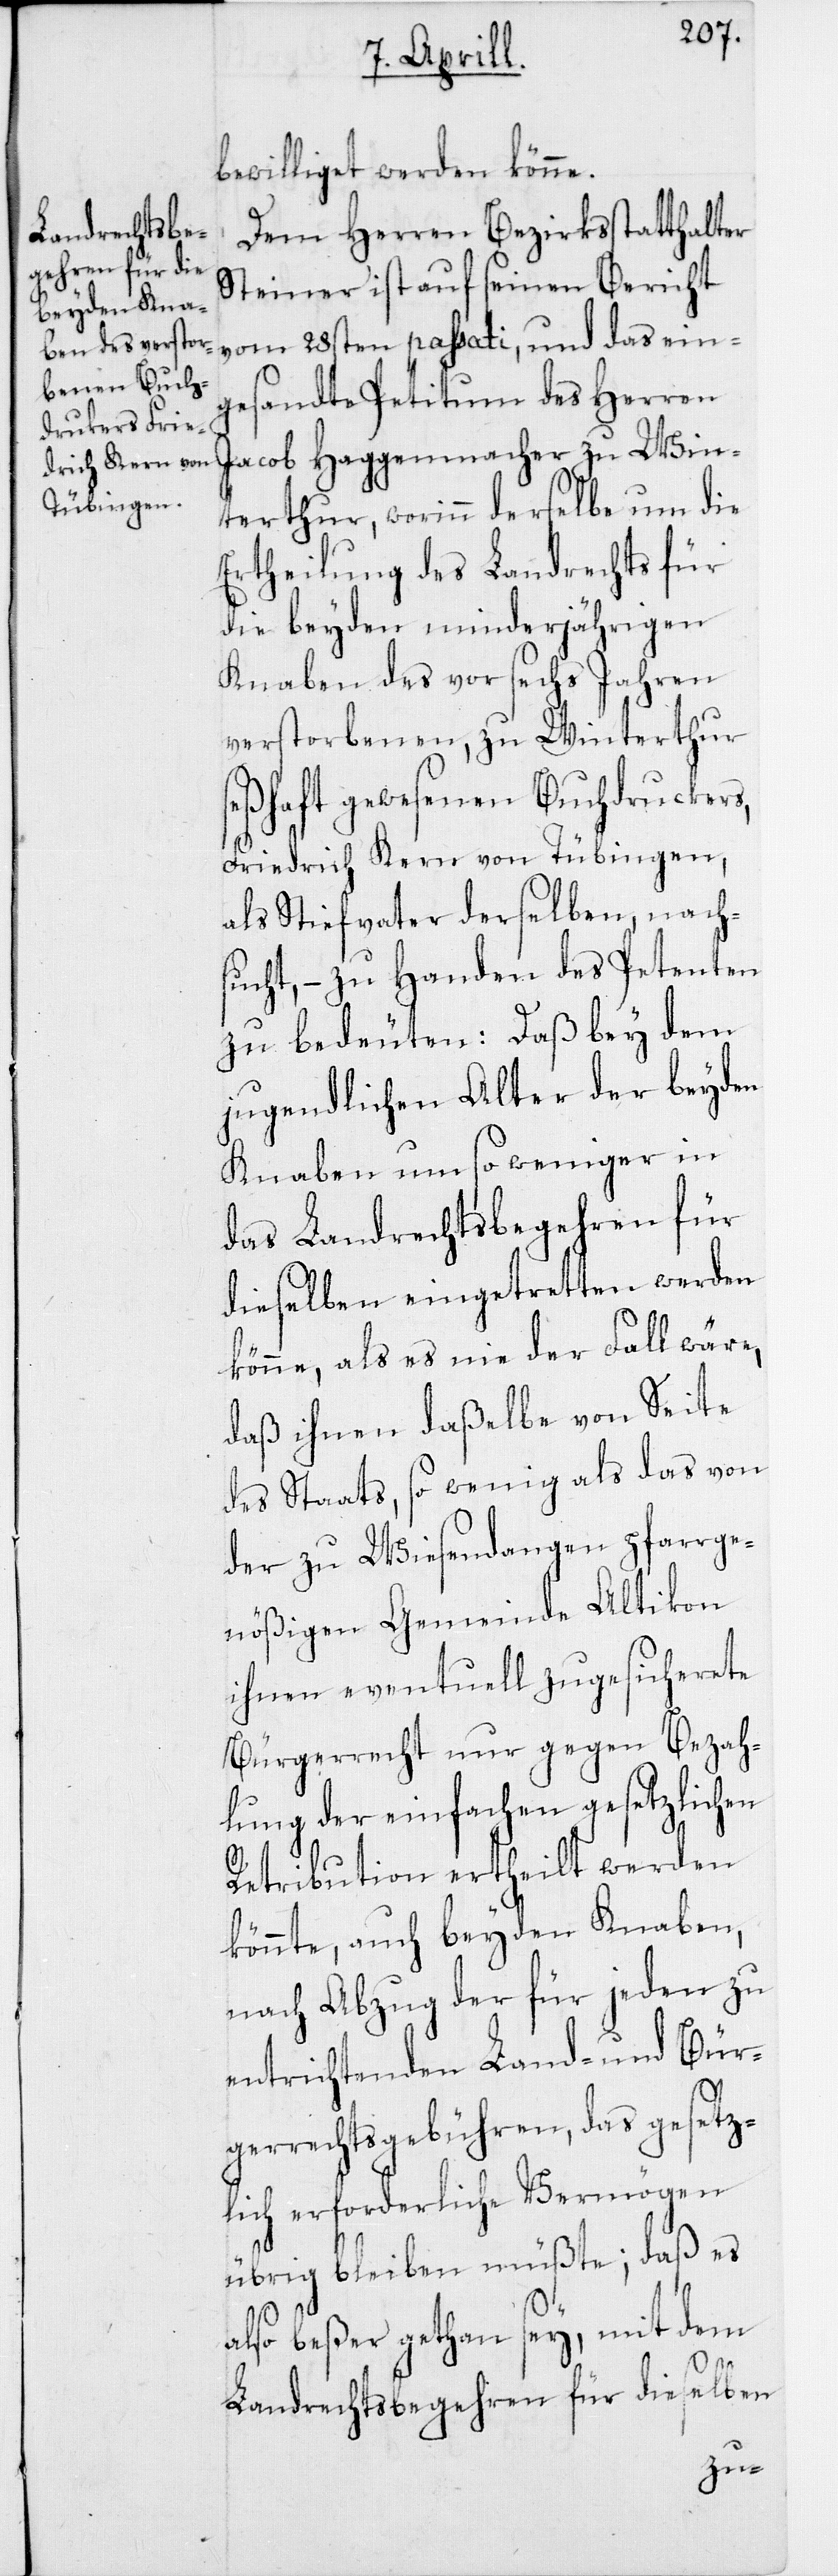
bewilliget werden könne.
Dem Herren Bezirksstatthalter
Steiner ist auf seinen Bericht
vom 28sten passati, und das ein¬
gesandte Petitum des Herren
Jacob Haggenmacher zu Win¬
terthur, worinn derselbe um die
Ertheilung des Landrechts für
die beyden minderjährigen
Knaben des vor sechs Jahren
verstorbenen, zu Winterthur
seßhaft gewesenen Buchdruckers,
Friedrich Kern von Tübingen,
als Stiefvater derselben, nach¬
sucht, – zu Handen des Petenten
zu bedeuten: Daß bey dem
jugendlichen Alter der beyden
Knaben um so weniger in
das Landrechtsbegehren für
dieselben eingetretten werden
könne, als es nie der Fall wäre,
daß ihnen daßelbe von Seite
des Staats, so wenig als das von
der zu Wiesendangen pfarrge¬
nößigen Gemeinde Altikon
ihnen eventuell zugesicherete
Bürgerrecht nur gegen Bezah¬
lung der einfachen gesetzlichen
Retribution ertheilt werden
könnte, auch beyden Knaben,
nach Abzug der für jeden zu
entrichtenden Land- und Bür¬
gerrechtsgebühren, das gesetz¬
lich erforderliche Vermögen
übrig bleiben müßte; daß es
also beßer gethan sey, mit dem
Landrechtsbegehren für dieselben